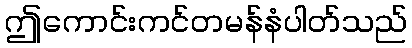
ဤကောင်းကင်တမန်နံပါတ်သည်